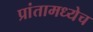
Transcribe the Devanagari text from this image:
प्रांतामध्येच